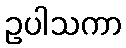
ဥပါသကာ